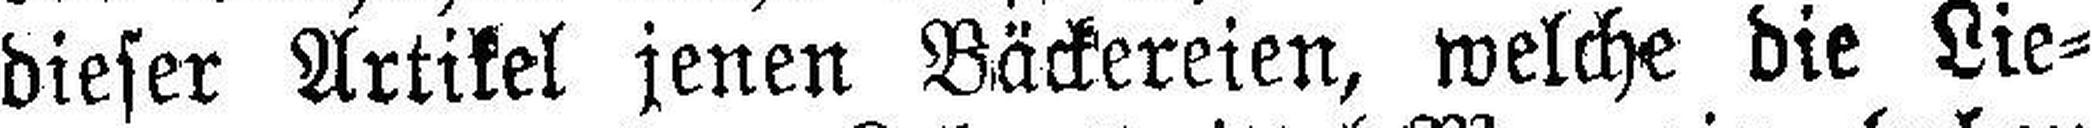
dieser Artikel jenen Bäckereien, welche die Lie¬